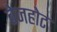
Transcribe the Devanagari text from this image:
बेजहोट